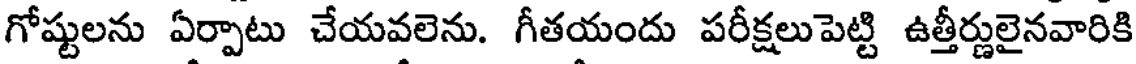
గోష్టులను ఏర్పాటు చేయవలెను. గీతయందు పరీక్షలుపెట్టి ఉత్తీర్ణులైనవారికి